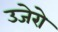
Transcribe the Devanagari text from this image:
उजेरो